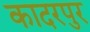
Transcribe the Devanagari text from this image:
कादरपुर